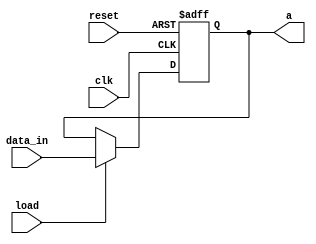
// Code your design here
module register_10bit(
    input clk,       // Clock signal
    input reset,     // Asynchronous reset signal
    input load,      // Load enable signal
    input [9:0] data_in,  
    output reg [9:0] a    
);

    always @(posedge clk or posedge reset) begin
        if (reset) 
            a <= 10'b0;  // Reset the register to 0
        else if (load) 
            a <= data_in;  // Load the input data into the register     
    end

endmodule